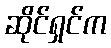
ဆိုင်ရှင်က